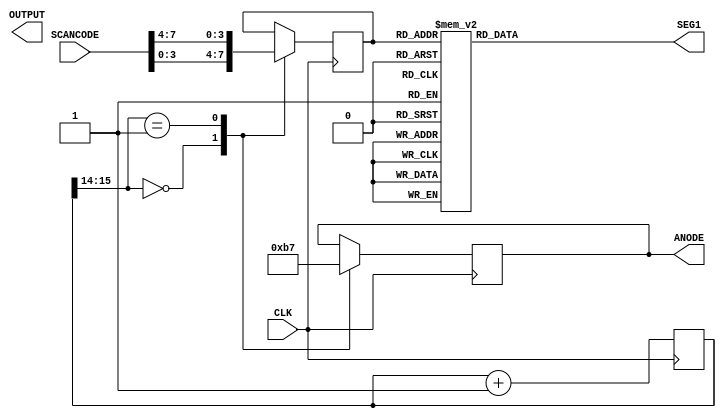
`timescale 1ns / 1ps

module SEG( input [7:0] SCANCODE,
            output [7:0] OUTPUT,
				output reg [3:0]ANODE,
				output reg [7:0] SEG1,
				input CLK
    );
	 

reg [3:0] out;

reg [15:0] cnt = 0;

always@(posedge CLK) begin
	cnt<= cnt+1;
end
always@(posedge CLK)begin
	case(cnt[15:14]) 
	2'b00:begin out = SCANCODE[3:0];
			 ANODE = 4'b1011; 
			 end
  2'b01: begin out = SCANCODE[7:4];
			 ANODE = 4'b0111; 
			 end
 endcase			 
end


always@(out) begin
	case(out) 
	  4'h0:SEG1=8'b00000011;
	  4'h1:SEG1=8'b10011111;
	  4'h2:SEG1=8'b00100101;
	  4'h3:SEG1=8'b00001101;
	  4'h4:SEG1=8'b10011001;
	  4'h5:SEG1=8'b01001001;
	  4'h6:SEG1=8'b01000001;
	  4'h7:SEG1=8'b00011111;
	  4'h8:SEG1=8'b00000001;
	  4'h9:SEG1=8'b00001001;
	  4'hA:SEG1=8'b00010001;
	  4'hB:SEG1=8'b11000001;
	  4'hC:SEG1=8'b01100011;
	  4'hD:SEG1=8'b10000101;
	  4'hE:SEG1=8'b01100001;
	  4'hF:SEG1=8'b01110001;
   endcase
end


		
endmodule